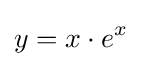
y=x\cdot e^{x}\,\!